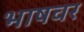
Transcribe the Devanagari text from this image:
भाषवर